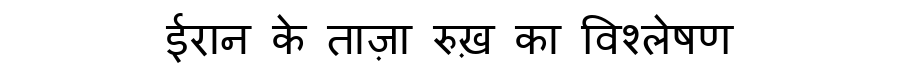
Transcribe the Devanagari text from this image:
ईरान के ताज़ा रुख़ का विश्लेषण